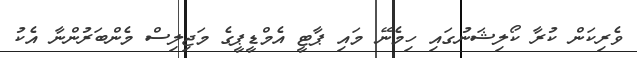
ވެރިކަން ކުރާ ކޯލިޝަނުގައި ހިމެނޭ މައި ޕާޓީ އެމްޑީޕީގެ މަޖިލިސް މެންބަރުންނާ އެކު